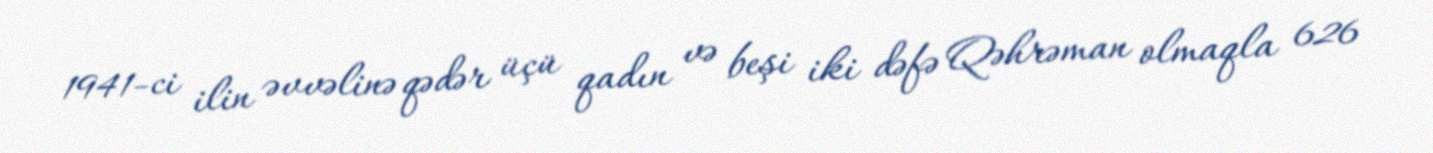
1941-ci ilin əvvəlinə qədər üçü qadın və beşi iki dəfə Qəhrəman olmaqla 626